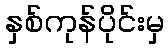
နှစ်ကုန်ပိုင်းမှ